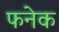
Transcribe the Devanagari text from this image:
फनेक